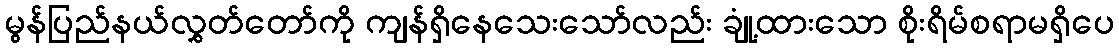
မွန်ပြည်နယ်လွှတ်တော်ကို ကျန်ရှိနေသေးသော်လည်း ချုံ့ထားသော စိုးရိမ်စရာမရှိပေ